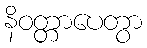
နိဝတ္တာပေတွာ